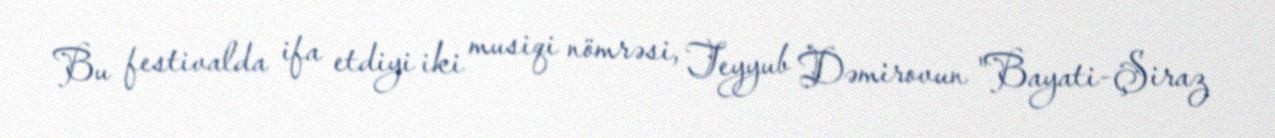
Bu festivalda ifa etdiyi iki musiqi nömrəsi, Teyyub Dəmirovun "Bayati-Şiraz